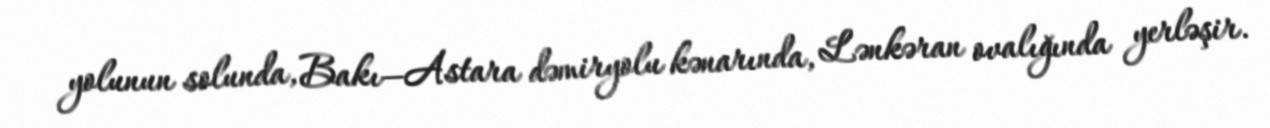
yolunun solunda, Bakı—Astara dəmiryolu kənarında, Lənkəran ovalığında yerləşir.